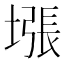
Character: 㙣